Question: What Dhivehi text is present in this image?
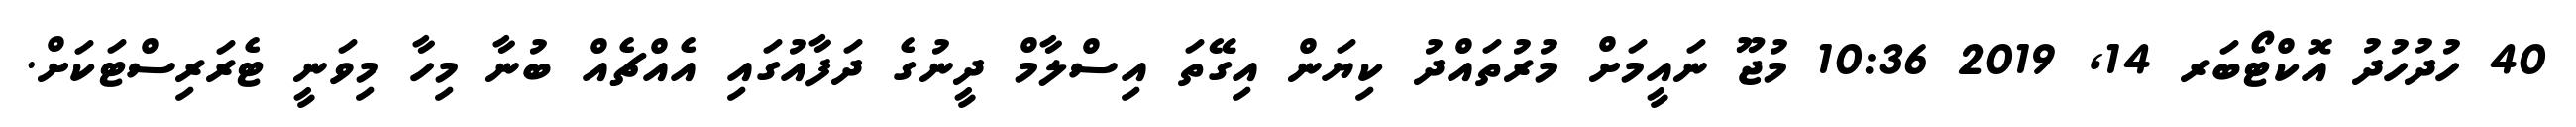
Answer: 40 ހުދުހުދު އޮކްޓޯބަރ 14, 2019 10:36 މުޖޫ ނައީމަށް މުރުތައްދު ކިޔަން އިގޭތަ އިސްލާމް ދީނުގެ ދަފާއުގައި އެއްޗެއް ބުނާ މިހާ މިވަނީ ޓެރަރިސްޓަކަށް.